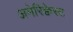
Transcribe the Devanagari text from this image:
अमेरिक्वेस्ट